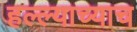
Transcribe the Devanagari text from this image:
हल्ल्याच्याच